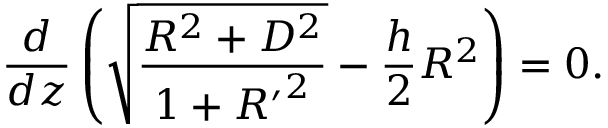
{ \frac { d } { d z } } \left( \sqrt { \frac { R ^ { 2 } + { \cal D } ^ { 2 } } { 1 + { R ^ { \prime } } ^ { 2 } } } - { \frac { h } { 2 } } R ^ { 2 } \right) = 0 .